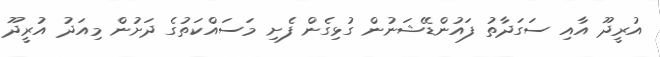
އުރީދޫ އާއި ސަގަދާތު ފައުންޑޭޝަނުން ގުޅިގެން ފެށި މަސައްކަތުގެ ދަށުން މިއަދު އުރީދޫ